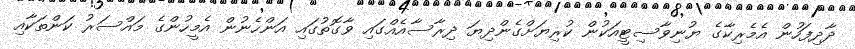
ދާދިފަހުން އެމެރިކާގެ ޔުނިވާސިޓީއަކުން ކުރިޔަށްގެންދިޔަ ދިރާސާއެއްގައި ވާގޮތުގައި އަންހެނުން އެމީހުންގެ މައްސަރު ކަންތަކާއި